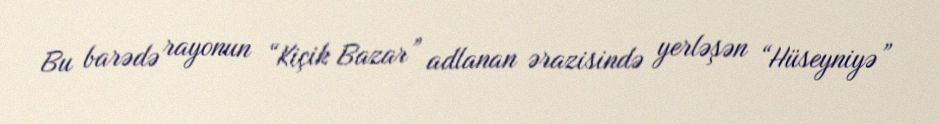
Bu barədə rayonun “Kiçik Bazar” adlanan ərazisində yerləşən “Hüseyniyə”